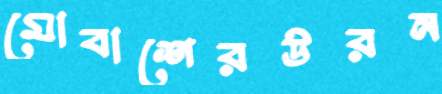
মোবাশেরউরন